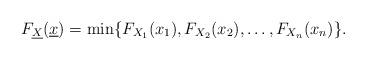
LaTeX: \begin{align*}F_{\underline{X}}(\underline{x}) = \min\{ F_{X_1}(x_1), F_{X_2}(x_2),\ldots, F_{X_n}(x_n) \}.\end{align*}